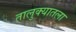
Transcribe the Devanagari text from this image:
तालुक्यातला